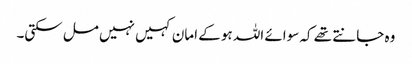
وہ جانتے تھے کہ سوائے اللہ ہو کے امان کہیں نہیں مل سکتی۔